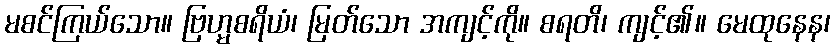
မစင်ကြယ်သော။ ဗြဟ္မစရိယံ၊ မြတ်သော အကျင့်ကို။ စရတိ၊ ကျင့်၏။ မေထုနေန၊